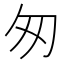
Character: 匆